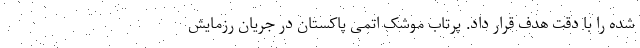
شده را با دقت هدف قرار داد. پرتاب موشک اتمی پاکستان در جریان رزمایش